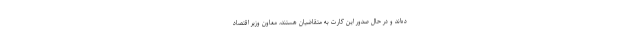
ده‌اند و در حال صدور این کارت به متقاضیان هستند، معاون وزیر اقتصاد